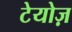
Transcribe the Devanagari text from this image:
टेयोज़